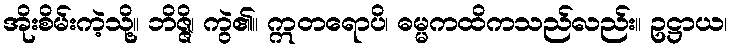
အိုးစိမ်းကဲ့သို့။ ဘိဇ္ဇိ၊ ကွဲ၏။ ဣတရောပိ၊ ဓမ္မကထိကသည်လည်း။ ဥဋ္ဌာယ၊